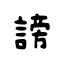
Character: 謗